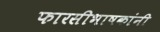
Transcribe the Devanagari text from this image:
फारसीभाषकांनी